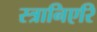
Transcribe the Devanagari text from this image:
स्त्रानिएरि